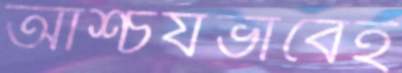
আশ্চর্যভাবেই